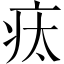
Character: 𤵉